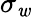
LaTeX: \sigma_{\mathit{w}}